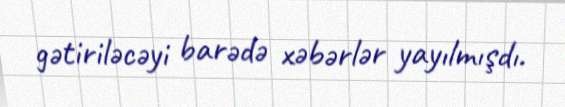
gətiriləcəyi barədə xəbərlər yayılmışdı.